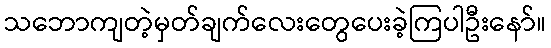
သဘောကျတဲ့မှတ်ချက်လေးတွေပေးခဲ့ကြပါဦးနော်။